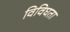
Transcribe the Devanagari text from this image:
विविघता